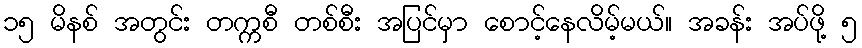
၁၅ မိနစ် အတွင်း တက္ကစီ တစ်စီး အပြင်မှာ စောင့်နေလိမ့်မယ်။ အခန်း အပ်ဖို့ ၅